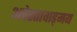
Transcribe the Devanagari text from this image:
अवेस्तावाड्मय